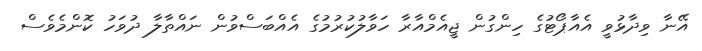
އޭނާ ވިދާޅުވީ އެއާޕޯޓުގެ ހިންގުން ޖީއެމްއާރާ ހަވާލުކުރުމުގެ އެއްބަސްވުން ނައްތާލާ ދުވަހު ކޮންމެވެސް